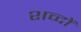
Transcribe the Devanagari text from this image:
शव्दों